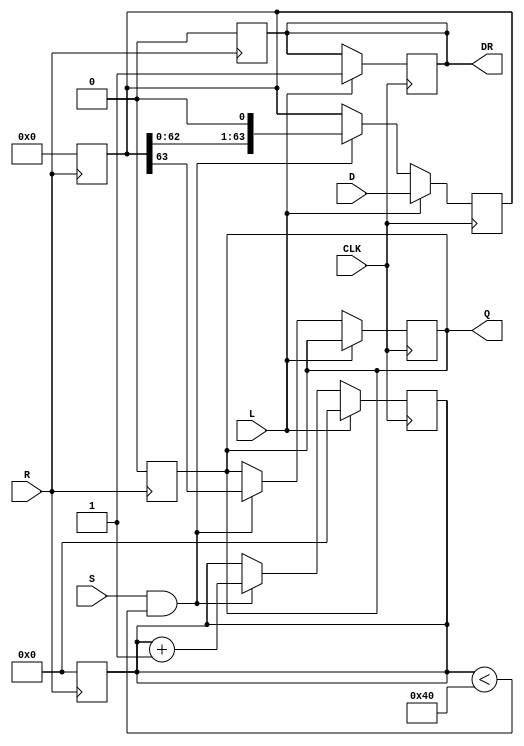
module PISO_Register (
    input wire [63:0] D,      // 64-bit parallel data input
    input wire L,             // Load control signal
    input wire CLK,           // Clock input
    input wire S,             // Shift control signal
    input wire R,             // Asynchronous reset signal
    output reg Q,             // Serial output
    output reg DR             // Data Ready output
);

    reg [63:0] SR;            // Shift register
    reg [5:0] count;          // Counter for tracking bits shifted out

    // Asynchronous reset
    always @(posedge R) begin
        SR <= 64'b0;          // Clear the shift register
        Q <= 1'b0;            // Clear the serial output
        DR <= 1'b0;           // Clear Data Ready output
        count <= 6'b0;        // Reset the counter
    end

    // Sequential logic for loading and shifting
    always @(posedge CLK) begin
        if (L) begin
            SR <= D;           // Load data into the shift register
            count <= 6'b0;     // Reset the counter
            DR <= 1'b1;        // Indicate data is ready
        end else if (S && (count < 64)) begin
            Q <= SR[63];       // Output the MSB of the shift register
            SR <= SR << 1;     // Shift left (or right depending on design)
            count <= count + 1; // Increment the counter
        end
        
        // If all bits have been shifted out, reset Data Ready
        if (count == 64) begin
            DR <= 1'b0;        // Data is no longer ready
        end
    end

endmodule